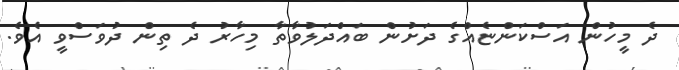
ދެ މީހުން އަސްކަންޏެއްގެ ދަށުން ބައްދަލުވާތާ މިހާރު ދެ ތިން ދުވަސްވީ އެވެ.